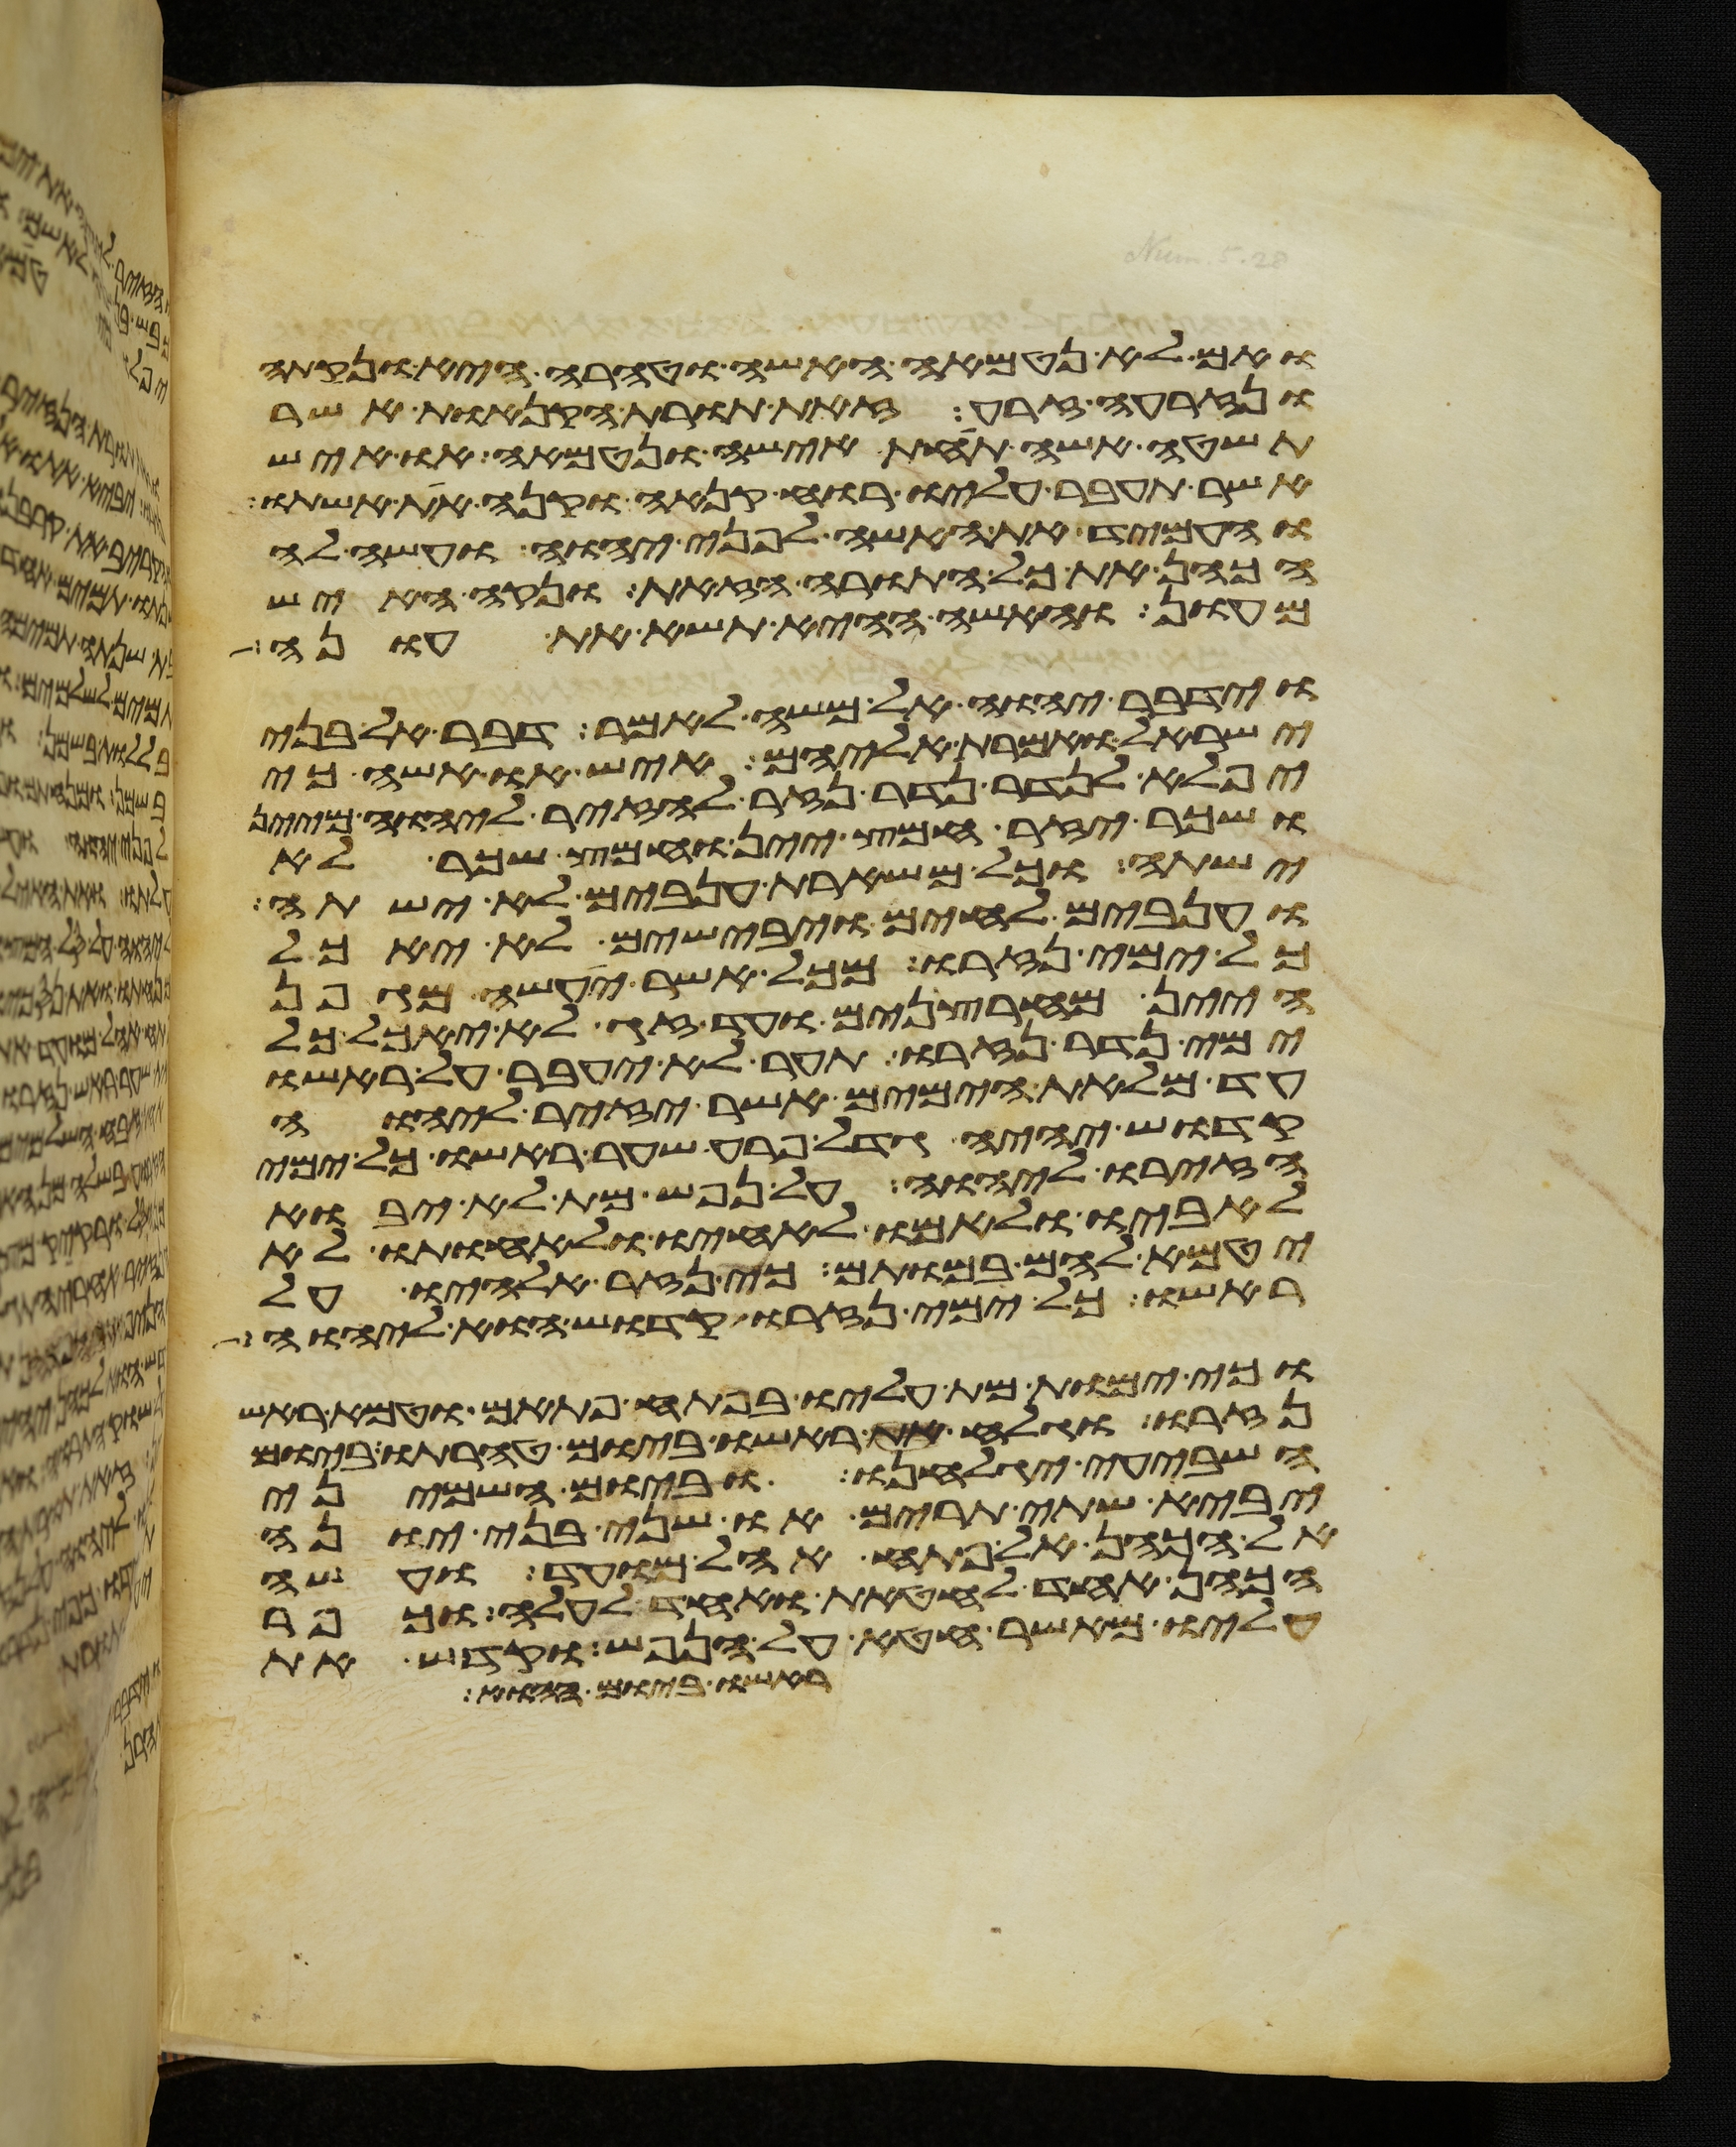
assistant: ואם לא נטמאה האשה וטהרה היא ונקתה
ונזרעה זרע זאת תורת הקנאת אשר
תשטה אשה תחת אישה ונטמאה או איש
אשר תעבר עליו רוח קנאה וקנא את אשתו
והעמיד את האשה לפני יהוה ועשה לה
הכהן את כל התורה הזאת ונקה האיש
מעון והאשה ההיא תשא את עונה
וידבר יהוה אל משה לאמר דבר אל בני
ישראל ואמרת אליהם איש או אשה כי
יפלא לנדר נדר נזיר להזיר ליהוה מיין
ושכר יזיר חמץ יין וחמץ שכר לא
ישתה וכל משארת ענבים לא ישתה
וענבים לחים ויבישים לא יאכל
כל ימי נזרו מכל אשר יעשה מגפן
היין מחרצנים ועד זג לא יאכל כל
ימי נדר נזרו תער לא יעבר על ראשו
עד מלאת הימים אשר יזיר ליהוה
קדוש יהיה גדל פרע שער ראשו כל ימי
הזירו ליהוה על נפש מת לא יבוא
לאביו ולאמו לאחיו ולאחותו לא
יטמא להם במותם כי נזר אלהיו על
ראשו כל ימי נזרו קדוש הוא ליהוה
וכי ימות מת עליו בפתע פתאם וטמא ראש
נזרו וגלח ראשו ביום טהרתו ביום
השביעי יגלחנו וביום השמיני
יביא שתי תרים או שני בני יונה
אל הכהן אל פתח אהל מועד ועשה
הכהן אחד לחטאת ואחד לעלה וכפר
עליו מאשר חטא על הנפש וקדש את
ראשו ביום ההוא